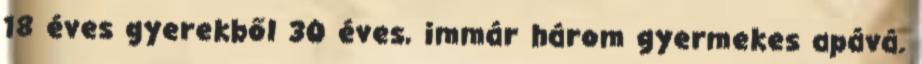
18 éves gyerekből 30 éves, immár három gyermekes apává.